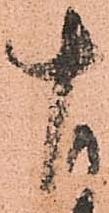
十